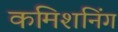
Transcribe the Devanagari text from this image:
कमिशनिंग